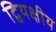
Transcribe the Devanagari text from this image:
द्वियक्षीय